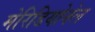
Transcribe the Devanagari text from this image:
मेरिडियोनेल